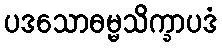
ပဒသောဓမ္မသိက္ခာပဒံ